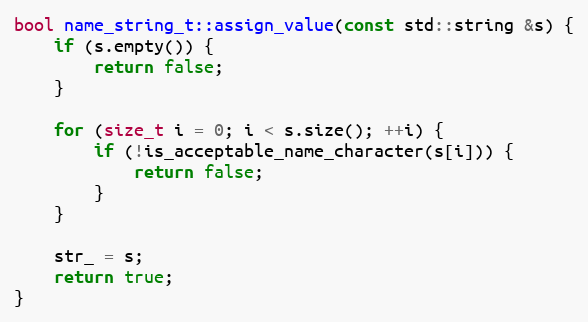
Language: C++
bool name_string_t::assign_value(const std::string &s) {
    if (s.empty()) {
        return false;
    }

    for (size_t i = 0; i < s.size(); ++i) {
        if (!is_acceptable_name_character(s[i])) {
            return false;
        }
    }

    str_ = s;
    return true;
}